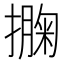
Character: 𢵁